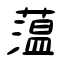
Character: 薀